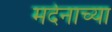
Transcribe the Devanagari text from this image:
मर्दनाच्या